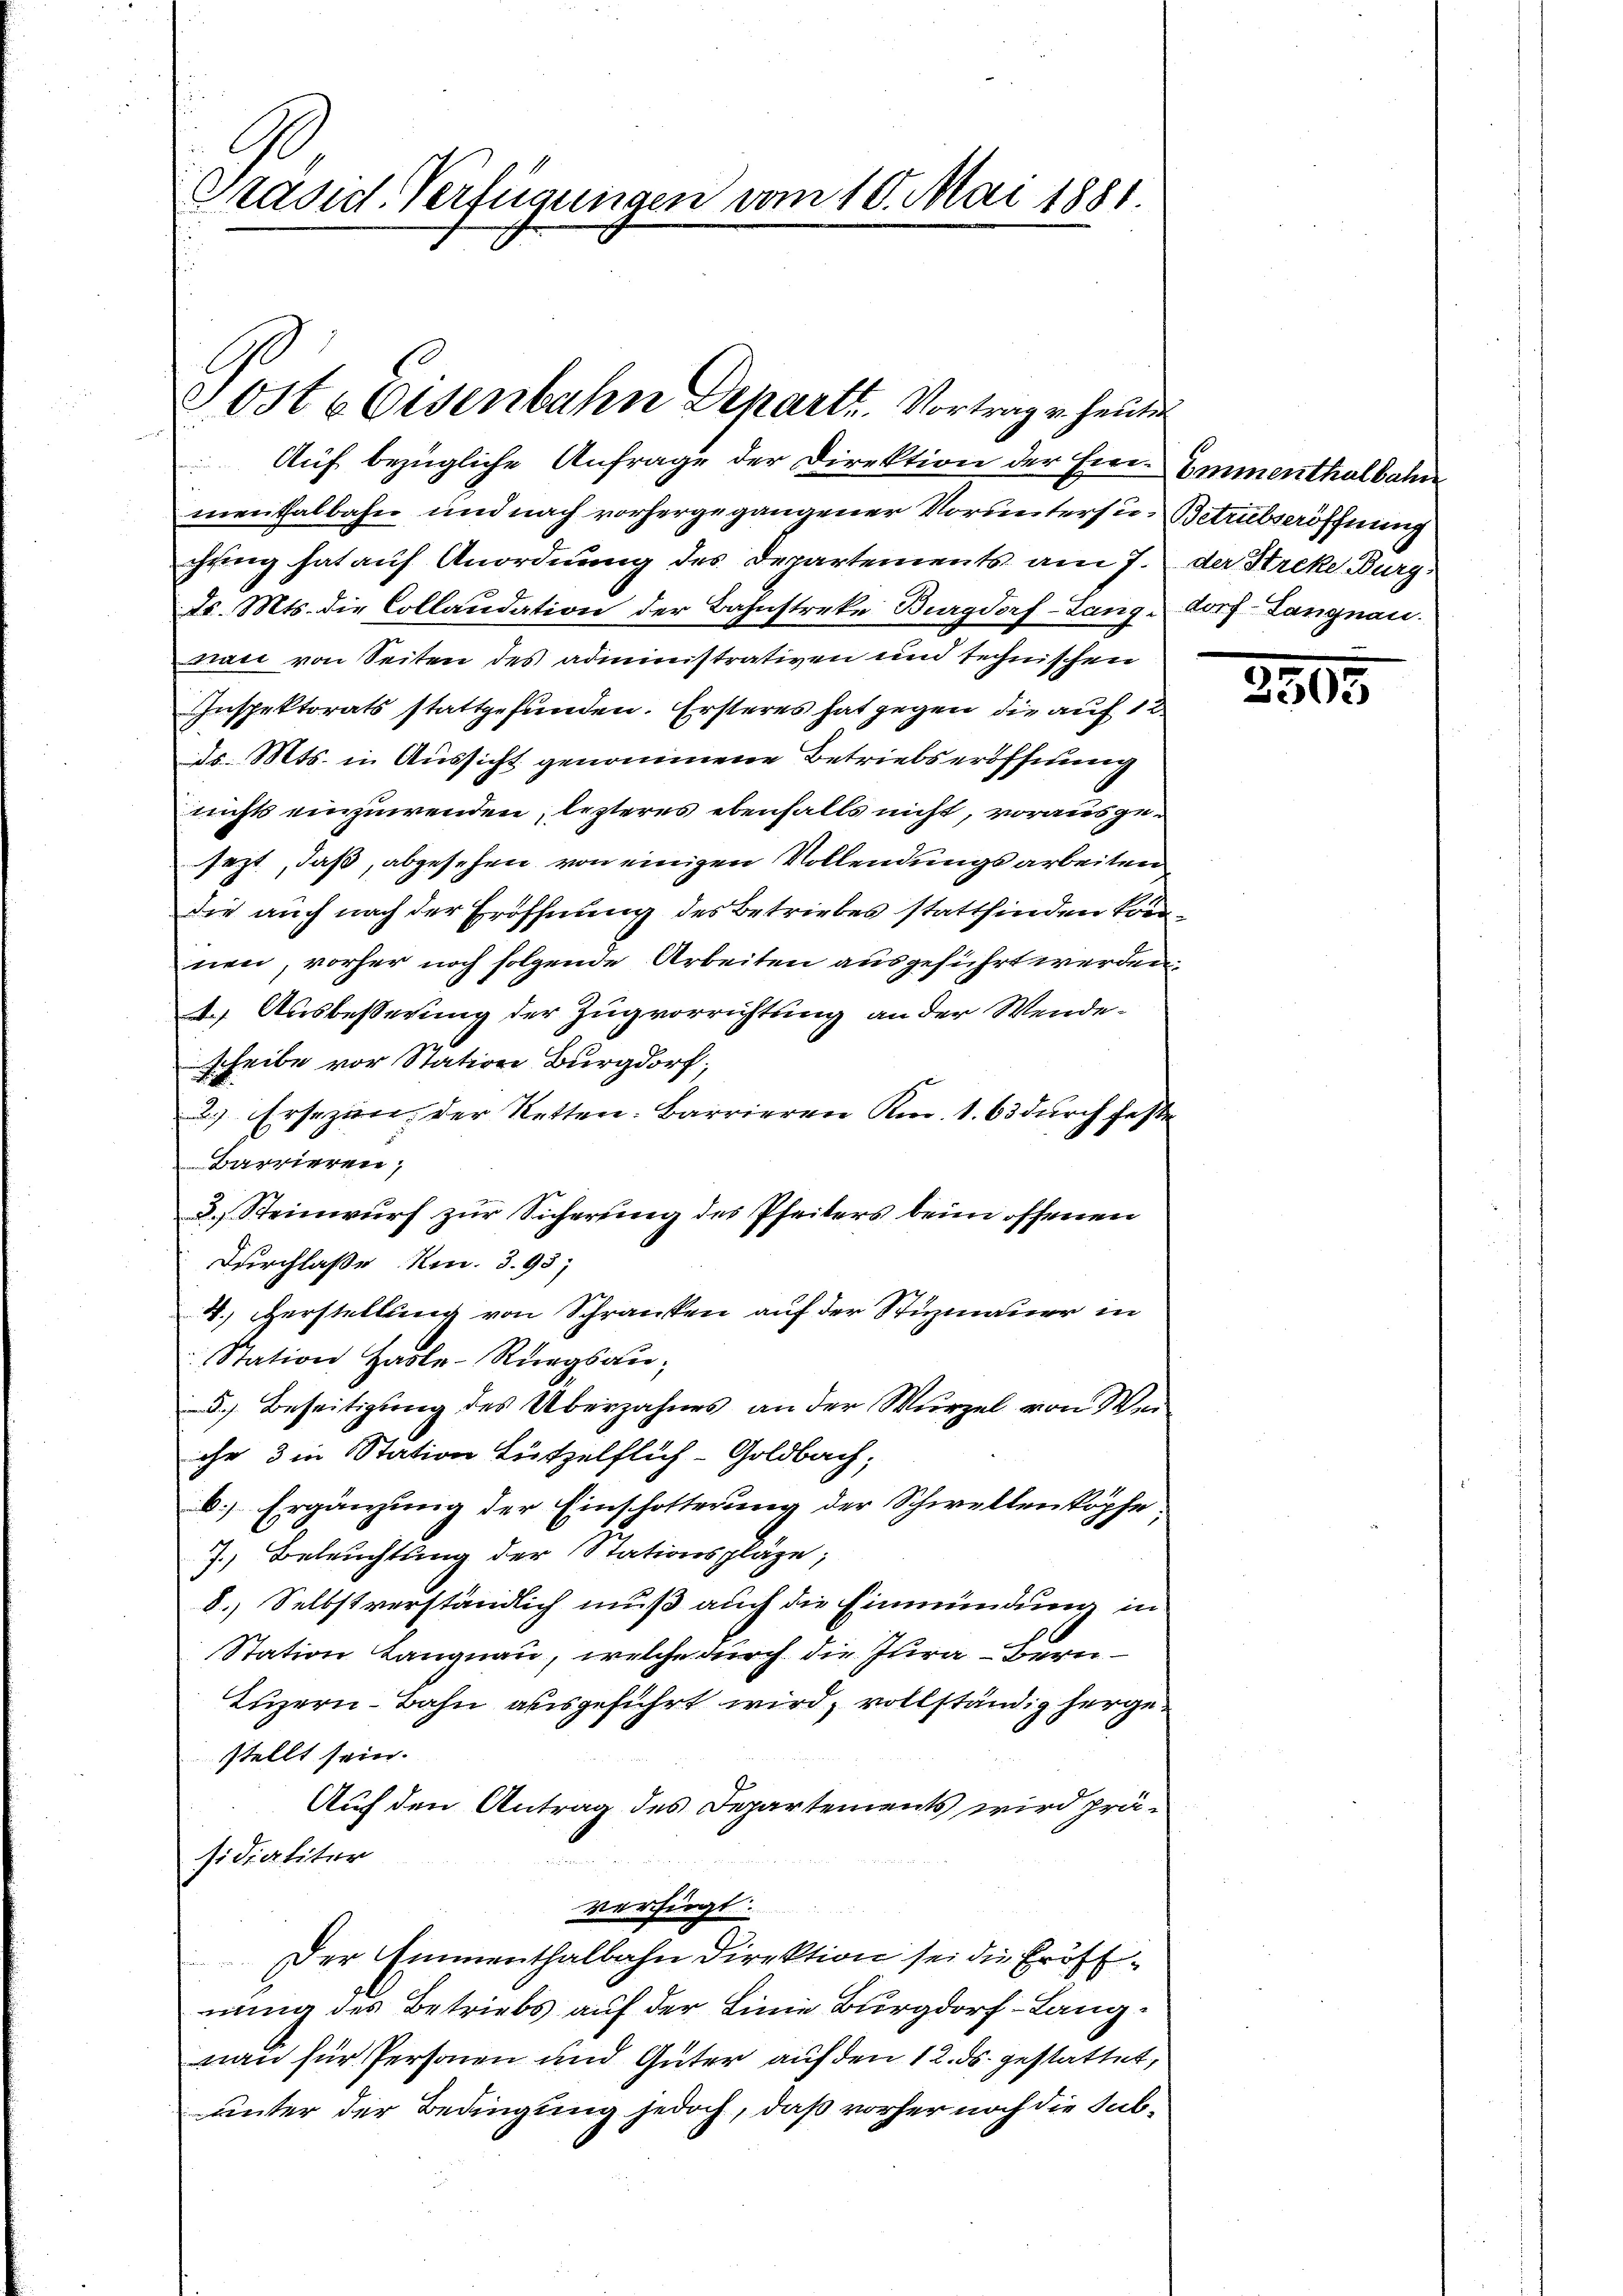
Präsid. Verfügungen vom 10. Mai 1881

Jost 6 Eisenbahn Departt. Vortrag u. heute

Auf bezügliche Anfrage der Direktion der Ein Emmenthalbahn
menthalbahn und nach vorhergegangener Voruntersu-Betrübseröffnung
chung hat auf Anordnung des Departements am 7. der Streke Burg
Dr. Mts. die Collaudation der Bahnstreke Burgdorf-Langdorf- Langnau.
gau von Seiten des administrativen und technischen
Inspektorats stattgefunden. Ersteres hat gegen die auf 12
ds. Mts. in Aussicht genommene Betriebseröffnung
nichts einzuwenden, lezteres ebenfalls nicht, vorausgesezt, daß, abgesehen, von einigen Vollendungsarbeiten
die auch nach der Eröffnung des Betriebes stattfinden können, vorher noch folgende Arbeiten ausgeführt werden.
4.) Ausbeßerung der Zugvorrichtung an der Wendescheibe vor Station Burgdorf.
2) Ersezen, der Retten: Barrieren Km. 1. 63 durch feste
Barrieren,
2.) Steinwurf zur Sicherung des Pfeiters beim offenen
Durchlaße Km. 393,
4.) Herstellung von Schranken auf der Stuzmauer in
Station Hasle-Rungsand. Beseitigung des Überzahnes an der Wurzel von Wei
ihr 3 in Station Lützelflich-Goldbach;
b) Ergänzung der Einschotterung der Schwellenkopfe,
7.) Beleuchtung der Stationspläge;
8.) Selbstverständlich muß auch die Einmündung in
Station Langnau, welche durch die Jura - Bern
Luzern - Bahn ausgeführt wird, vollständig hergestellt sein.
Auf den Antrag des Departements wird prä-
sidialiter
verfügt:
Der Emmenthalbahn Direktion sei die Eröffnung des Betriebs auf der Linie Burgdorf-Langnan für Personen und Güter auf den 12. ds. gestattet,
unter der Bedingung jedoch, daß vorher noch die Sub¬

3805.